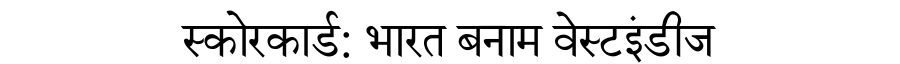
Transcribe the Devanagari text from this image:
स्कोरकार्ड: भारत बनाम वेस्टइंडीज